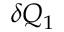
\delta Q _ { 1 }